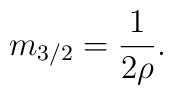
m_{3/2}=\frac{1}{2\rho}.